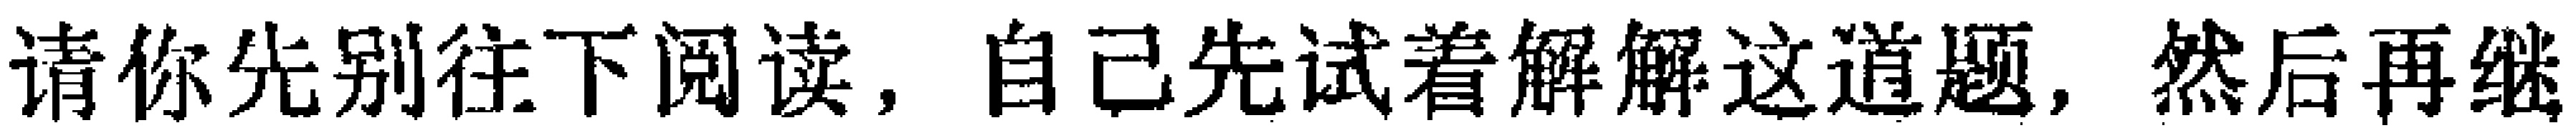
请你先别往下阅读，自己先试着解解这道题，然后再继